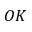
O K